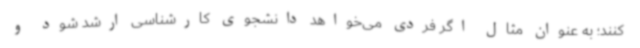
کنند؛ به عنوان مثال اگر فردی می‌خواهد دانشجوی کارشناسی ارشد شود و